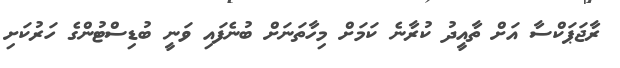
ރާޖަޕަކްސާ އަށް ތާއީދު ކުރާނެ ކަމަށް މިހާތަނަށް ބުނެފައި ވަނީ ބުޑިސްޓުންގެ ހަރުކަށި